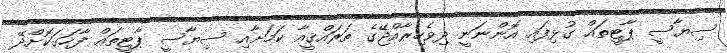
ސިޔާސީ ޕާޓީތައް ގުޅިފައި އޮންނަނީ ދިވެހިރާއްޖޭގެ ތަރައްޤީއާ ކަމަށާއި ސިޔާސީ ޕާޓީތައް ފާހަގަކޮށްދޭ